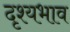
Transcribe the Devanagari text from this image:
दृश्यभाव